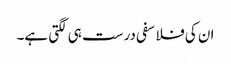
ان کی فلاسفی درست ہی لگتی ہے۔